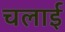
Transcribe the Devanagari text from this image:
चलार्इ